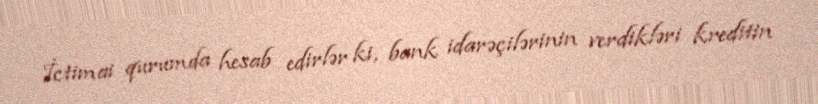
İctimai qurumda hesab edirlər ki, bank idarəçilərinin verdikləri kreditin